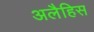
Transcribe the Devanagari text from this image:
अलैहिस